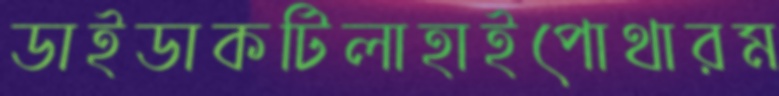
ডাইডাকটিলাহাইপোথারম